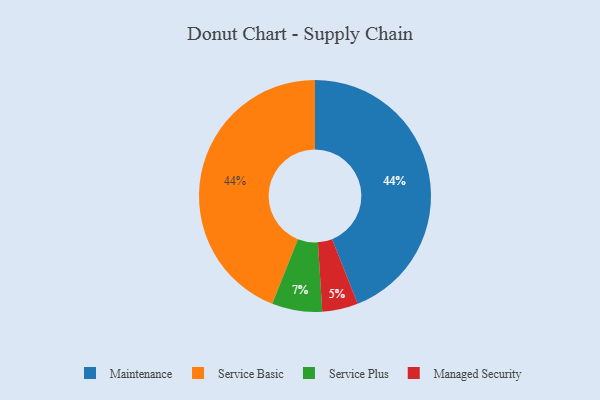
{"axis": {"x": "Category", "y": "Percentage"}, "legend": ["Maintenance", "Managed Security", "Service Basic", "Service Plus"], "data": [{"x": "Managed Security", "y": 5, "type": "Managed Security"}, {"x": "Service Plus", "y": 7, "type": "Service Plus"}, {"x": "Maintenance", "y": 44, "type": "Maintenance"}, {"x": "Service Basic", "y": 44, "type": "Service Basic"}]}